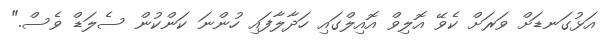
އަޅުގަނޑަށް ވަރަށް ކެވޭ އޮލިވް އޮއިލްގައި ހަދާލާފައި ހުންނަ ކަންކުން ސެލަޑް ވެސް."